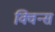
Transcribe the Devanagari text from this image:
क्विन्‍स